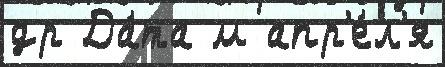
др Да́та м апр'е́л'я